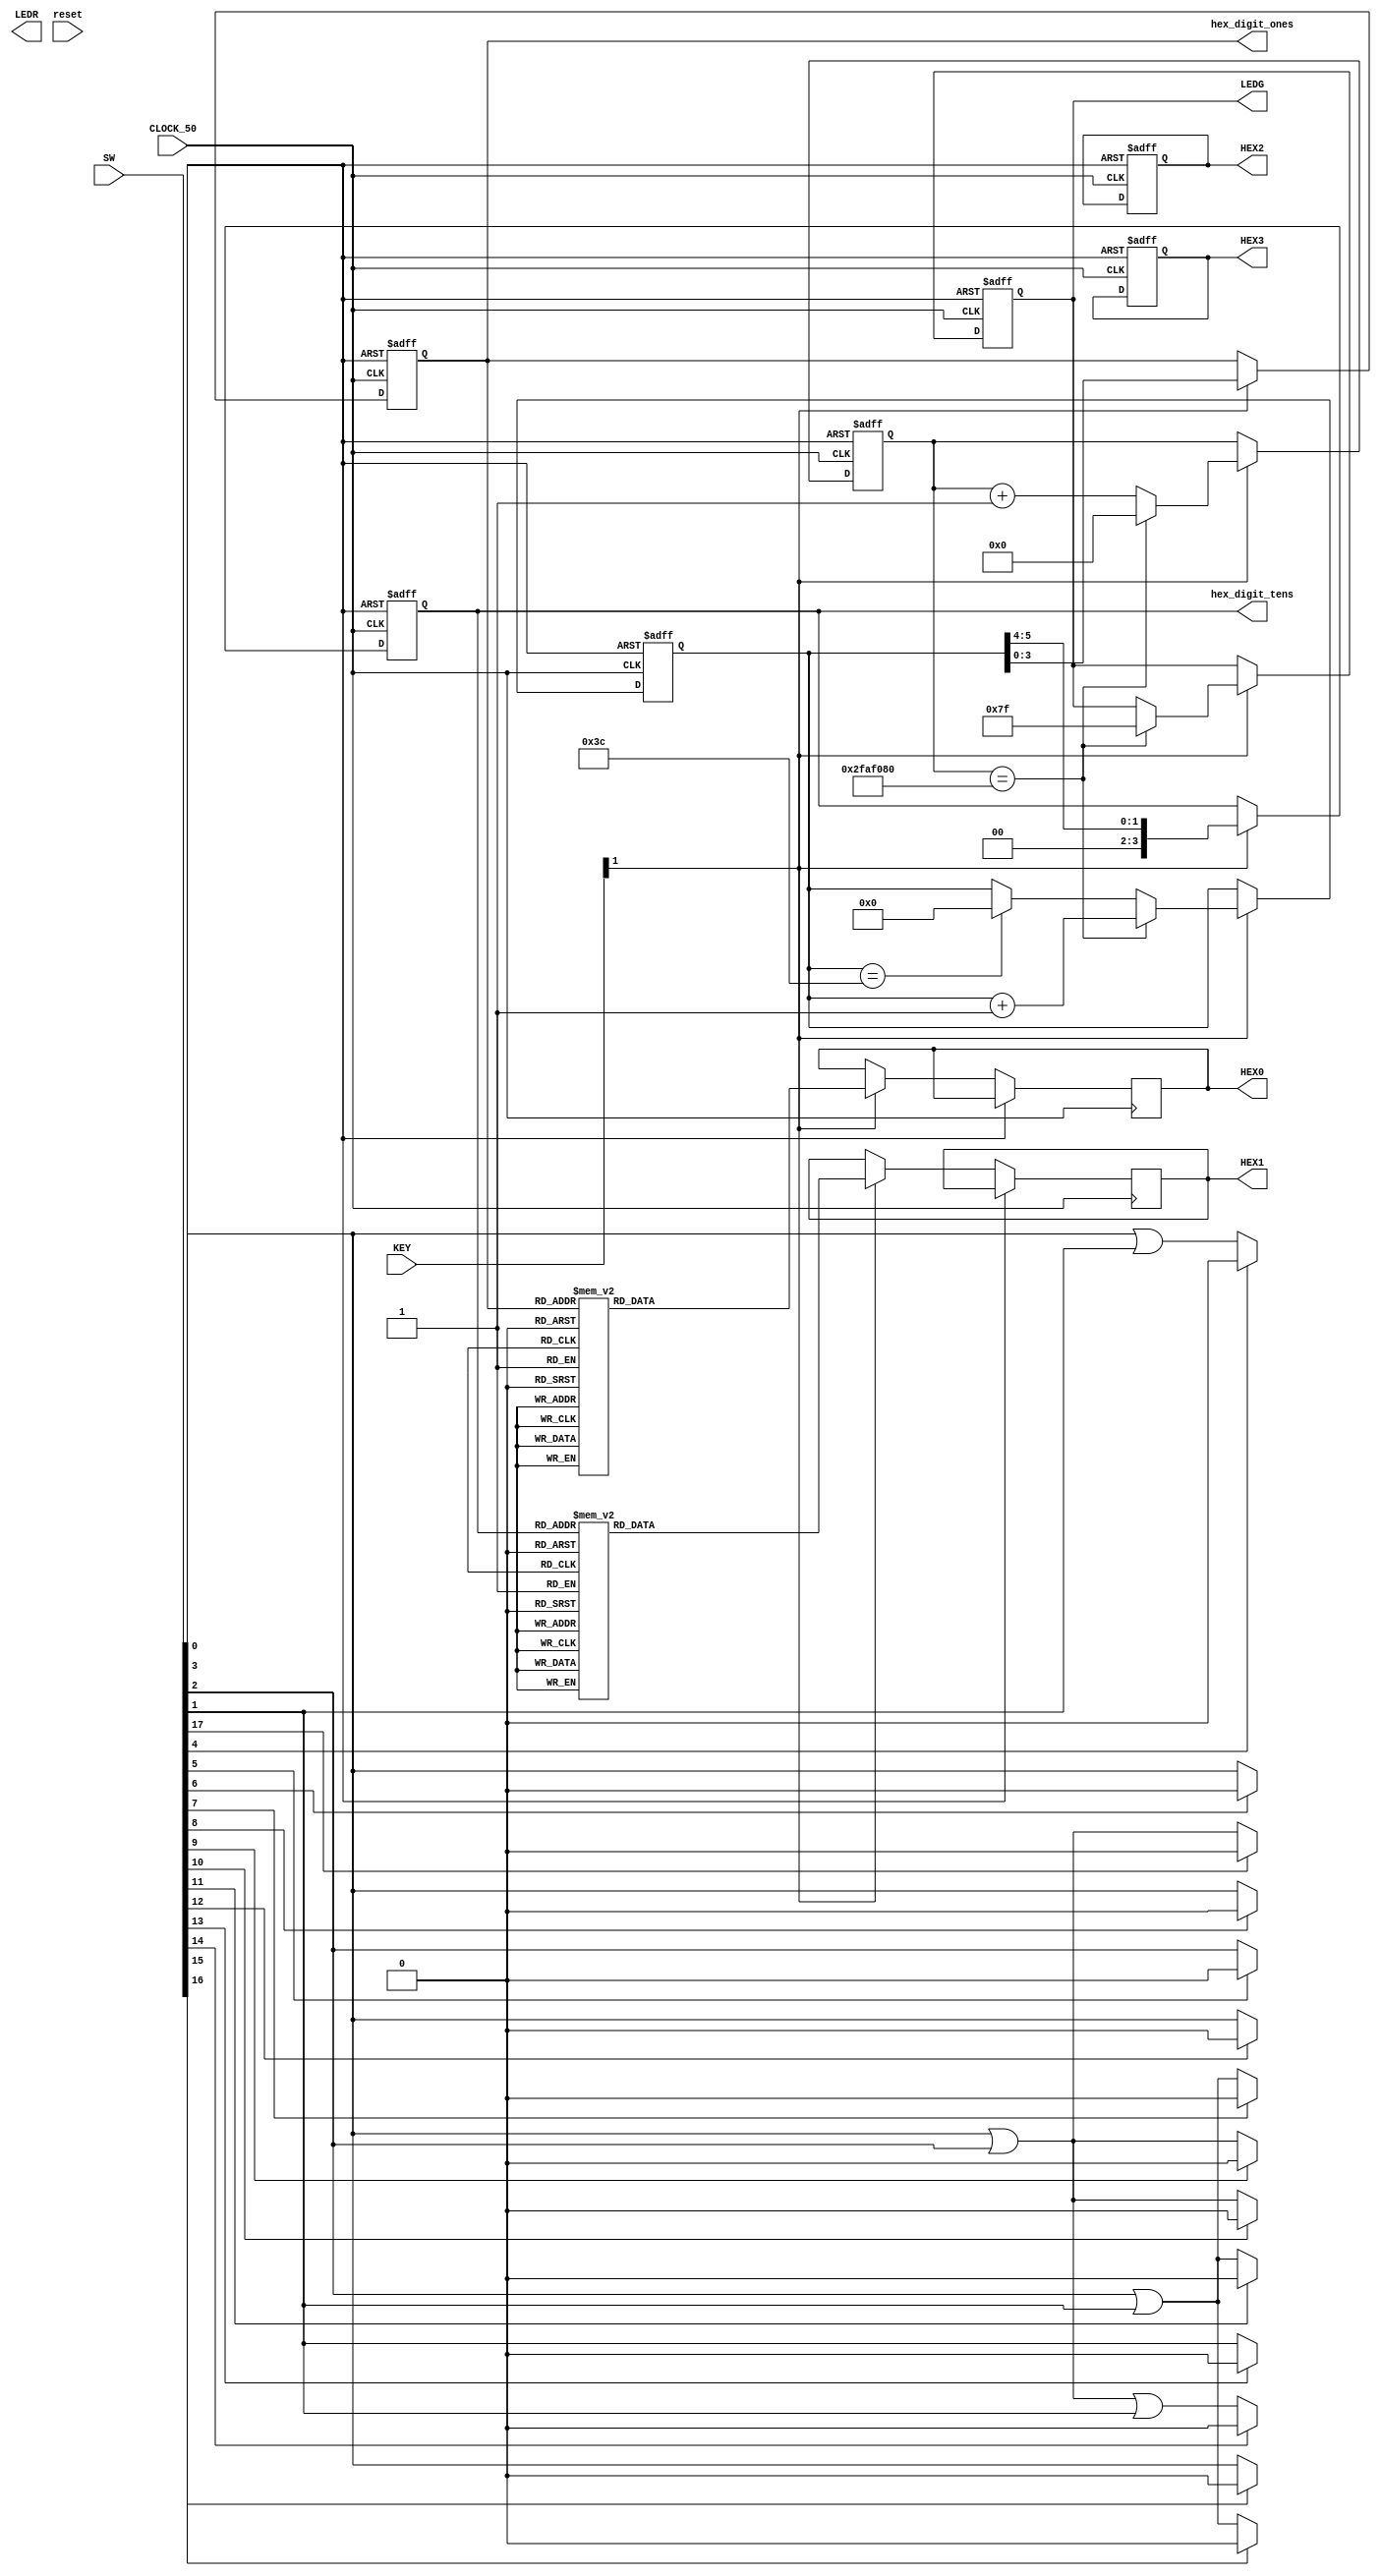
///////////////////////////////////////////
//         ECE 287 Final Project         //
//      By: Aidan Herb and John Mairn    //
//         Matching Game                 //
//       FPGA Board: DE2-115             //
///////////////////////////////////////////

module Match_Game(
input wire[17:0]SW,    //Start timer, match selector,
input [2:0]KEY,        //key0 is start
output reg [6:0]LEDG,  //Go signal
output reg [17:0]LEDR, //Patterns to match
output reg [6:0] HEX0, //Ones place for timer
output reg [6:0] HEX1, //Tens place for timer
output reg[6:0] HEX2,  //Placeholder
output reg [6:0] HEX3, //Placeholder
input wire CLOCK_50,
input wire reset,
output reg [3:0] hex_digit_ones, //Signal to 7seg
output reg [3:0] hex_digit_tens  //Signal to 7seg
);
    

always@(*)
begin
////////////////////////////////////////////////
////Define all match combinations (levels)//////
////////////////////////////////////////////////
	 LEDR[17] = SW[3]||SW[2];
	 LEDR[16] = SW[2]||SW[1];
	 LEDR[15] = SW[3];
	 LEDR[14] = SW[3]||SW[2]||SW[1];
	 LEDR[13] = SW[1];
	 LEDR[12] = SW[3];
	 LEDR[11] = SW[2]||SW[1];
	 LEDR[10] = SW[3]||SW[2];
	 LEDR[9] = SW[3]||SW[2];
	 LEDR[8] = SW[3];
	 LEDR[7] = SW[2]||SW[1];
	 LEDR[6] = SW[3];
	 LEDR[5] = SW[2];
	 LEDR[4] = SW[3]||SW[1];
	 
////////////////////////////////////////////
/////Define all match functionalities///////
////////////////////////////////////////////	 
	 if (SW[17])begin
	 LEDR[17]=1'b0;
	 end
	 if (SW[16])begin
	 LEDR[16]=1'b0;
	 end
	 if (SW[15])begin
	 LEDR[15]=1'b0;
	 end
	 if (SW[14])begin
	 LEDR[14]=1'b0;
	 end
	 if (SW[13])begin
	 LEDR[13]=1'b0;
	 end
	 if (SW[12])begin
	 LEDR[12]=1'b0;
	 end
	 if (SW[11])begin
	 LEDR[11]=1'b0;
	 end
	 if (SW[10])begin
	 LEDR[10]=1'b0;
	 end
	 if (SW[9])begin
	 LEDR[9]=1'b0;
	 end
	 if (SW[8])begin
	 LEDR[8]=1'b0;
	 end
	 if (SW[7])begin
	 LEDR[7]=1'b0;
	 end
	 if (SW[6])begin
	 LEDR[6]=1'b0;
	 end
	 if (SW[5])begin
	 LEDR[5]=1'b0;
	 end	 
	 if (SW[4])begin
	 LEDR[4]=1'b0;
	 end 
end
	  
	 reg [31:0] counter; //Variables for timer
	 reg [5:0] seconds;
	 
///////////////////////////////
////Pause timer function///////
///////////////////////////////	 
	 always @(posedge CLOCK_50 or posedge SW[0]) 
begin
	if (SW[0]) begin
	LEDG[6:0] = 7'b0000000;
	counter<= 0;
	seconds<= 6'b000000;
	hex_digit_ones <= 4'b0000;
	hex_digit_tens <= 4'b0000;
	HEX3 <= 7'b1111110;
	HEX2 <= 7'b1111110;
				  end 
///////////////////////////
///Timer count sequence////
///////////////////////////	
	else if (KEY[1] ) begin

	counter <= counter + 1;
	 
	 if(counter == 50000000) begin
		LEDG[6:0] = 7'b1111111;
		counter<= 0;
		seconds <= seconds + 1;
		hex_digit_ones <= seconds[3:0];
		hex_digit_ones <= seconds[5:4];
		
		end
		else if(seconds == 60)
		begin
		seconds <= 6'b000000;
		end
		hex_digit_ones <= seconds[3:0];
		hex_digit_tens <= seconds[5:4];
		
//////////////////////////////
///Display time to display////
//////////////////////////////		
case (hex_digit_ones)
	4'd0: HEX0 <= 7'b1000000;
	4'd1: HEX0 <= 7'b1111001;
	4'd2: HEX0 <= 7'b0100100;
	4'd3: HEX0 <= 7'b0110000;
	4'd4: HEX0 <= 7'b0011001;
	4'd5: HEX0 <= 7'b0010010;
	4'd6: HEX0 <= 7'b0000010;
	4'd7: HEX0 <= 7'b1111000;
	4'd8: HEX0 <= 7'b0000000;
	4'd9: HEX0 <= 7'b0010000;
	default: HEX0 <= 7'b1000000;
	endcase
	
	case (hex_digit_tens)
	4'd0: HEX1 <= 7'b1000000;
	4'd1: HEX1 <= 7'b1111001;
	4'd2: HEX1 <= 7'b0100100;
	4'd3: HEX1 <= 7'b0110000;
	4'd4: HEX1 <= 7'b0011001;
	4'd5: HEX1 <= 7'b0010010;
	4'd6: HEX1 <= 7'b0000010;
	4'd7: HEX1 <= 7'b1111000;
	4'd8: HEX1 <= 7'b0000000;
	4'd9: HEX1 <= 7'b0010000;
	default: HEX1 <= 7'b1000000;
	endcase
	
	end 
end

endmodule